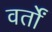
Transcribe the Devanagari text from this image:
वर्तों